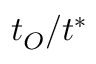
t _ { O } / t ^ { * }